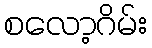
စလော့ဂိမ်း